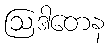
ဩဒါတေန